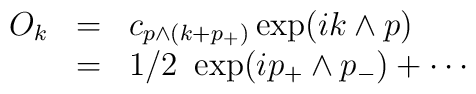
\begin{array}{rcl}O_k&=&\displaystyle c_{p\wedge(k+p_+)}\exp(ik\wedge p)\\&=&\displaystyle1/2~\exp(ip_+\wedge p_-)+\cdots\end{array}